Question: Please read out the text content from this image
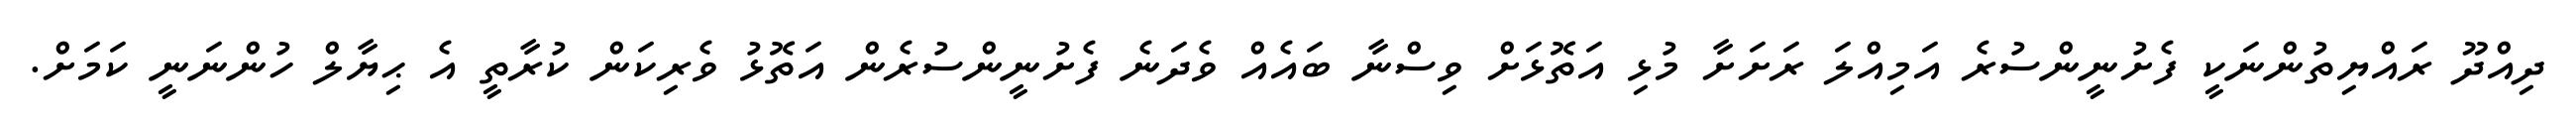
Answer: ދިއްދޫ ރައްޔިތުންނަކީ ފެށުނީންސުރެ އަމިއްލަ ރަށަށާ މުޅި އަތޮޅަށް ވިސްނާ ބައެއް ވެދަނެ ފެށުނީންސުރެން އަތޮޅު ވެރިކަން ކުރާތީ އެ ޙިޔާލް ހުންނަނީ ކަމަށް.